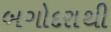
બગોદરાથી